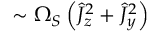
\sim \Omega _ { S } \left( \hat { J } _ { z } ^ { 2 } + \hat { J } _ { y } ^ { 2 } \right)